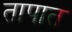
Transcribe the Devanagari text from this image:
तापात